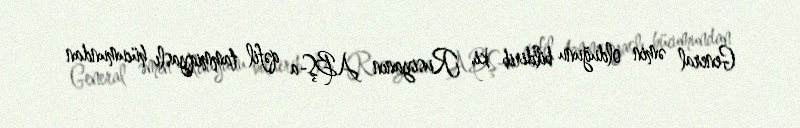
General əmin olduğunu bildirib ki, Rusiyanın ABŞ-a qəfil tammiqyaslı hücumundan